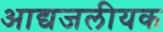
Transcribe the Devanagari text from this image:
आद्यजलीयक